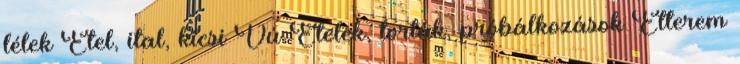
lélek Étel, ital, kicsi Vú Ételek, torták, próbálkozások Étterem